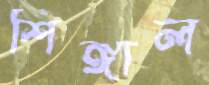
শিঙ্গাল